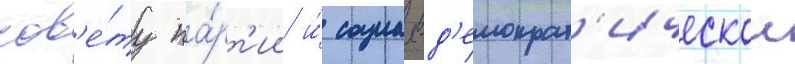
сов'е́ту па́рт'ии и́ социал-д'емократ'ическои